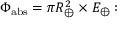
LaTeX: \Phi _ { \mathrm { a b s } } = \pi R _ { \oplus } ^ { 2 } \times E _ { \oplus } :